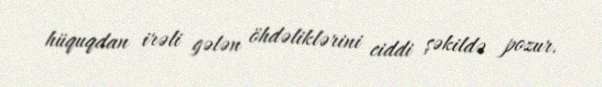
hüquqdan irəli gələn öhdəliklərini ciddi şəkildə pozur.